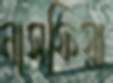
নাসফিয়া